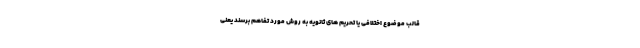
قالب موضوع اختلافی یا تحریم های ثانویه به روش مورد تفاهم برسند یعنی